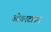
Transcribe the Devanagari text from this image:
ओवरटाउन